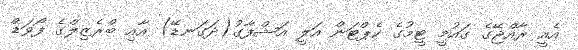
އެއީ ރާއްޖޭގެ ގައުމީ ޓީމުގެ ކެޕްޓަން އަލީ އަޝްފާގު(ދަގަނޑޭ) އާއި ބްރެޒިލްގެ ފޯވަޑް